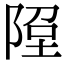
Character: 𨹸